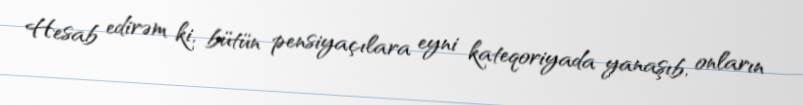
Hesab edirəm ki, bütün pensiyaçılara eyni kateqoriyada yanaşıb, onların